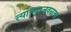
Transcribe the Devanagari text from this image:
त्याच्याजवळचा